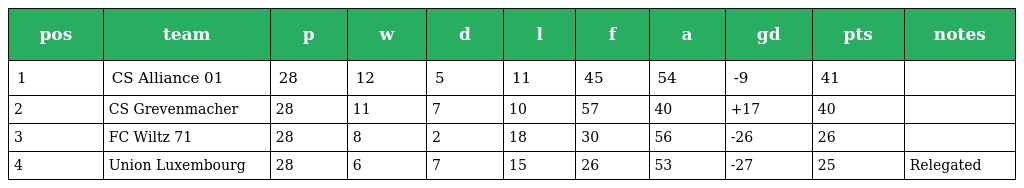
| pos | team | p | w | d | l | f | a | gd | pts | notes |
 | --- | --- | --- | --- | --- | --- | --- | --- | --- | --- | --- |
 | 1 | CS Alliance 01 | 28 | 12 | 5 | 11 | 45 | 54 | -9 | 41 |  |
 | 2 | CS Grevenmacher | 28 | 11 | 7 | 10 | 57 | 40 | +17 | 40 |  |
 | 3 | FC Wiltz 71 | 28 | 8 | 2 | 18 | 30 | 56 | -26 | 26 |  |
 | 4 | Union Luxembourg | 28 | 6 | 7 | 15 | 26 | 53 | -27 | 25 | Relegated |